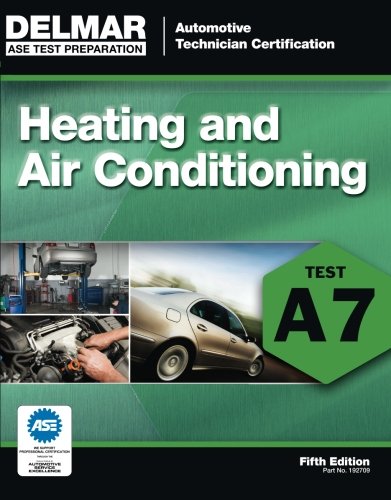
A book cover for ASE Test Preparation - A7 Heating and Air Conditioning (Delmar Learning's Ase Test Prep Series); Cengage Learning Delmar; Test Preparation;